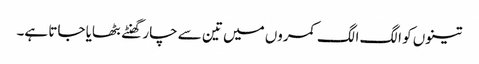
تینوں کو الگ الگ کمروں میں تین سے چار گھنٹے بٹھایا جاتا ہے۔